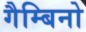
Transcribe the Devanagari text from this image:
गैम्बिनो